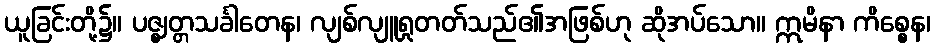
ယူခြင်းတို့၌။ ပဇ္ဈတ္တသင်္ခါတေန၊ လျစ်လျူရှုတတ်သည်၏အဖြစ်ဟု ဆိုအပ်သော။ ဣမိနာ ကိစ္စေန၊